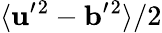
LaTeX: \langle{{\mathbf{u}}^{\prime}{}^{2}-{\mathbf{b}}^{\prime}{}^{2}}\rangle/2